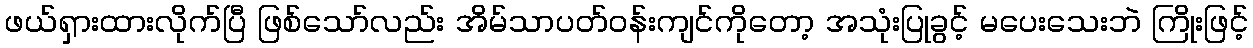
ဖယ်ရှားထားလိုက်ပြီ ဖြစ်သော်လည်း အိမ်သာပတ်ဝန်းကျင်ကိုတော့ အသုံးပြုခွင့် မပေးသေးဘဲ ကြိုးဖြင့်